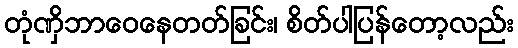
တုံဏှိဘာဝေနေတတ်ခြင်း၊ စိတ်ပါပြန်တော့လည်း